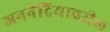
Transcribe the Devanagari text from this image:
जननेंद्रियावरील